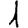
Digit: 1